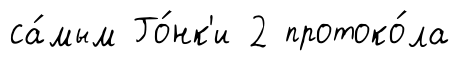
са́мым Го́нк'и 2 протоко́ла